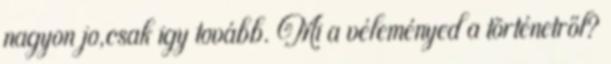
nagyon jo,csak igy tovább. Mi a véleményed a történetről?